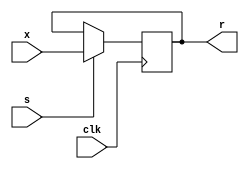
module test_32bit(input [31:0] x, input s, input clk, output [31:0] r);
	reg [31:0] r;
	always @(posedge clk)
		if(s) r <= x ;
endmodule